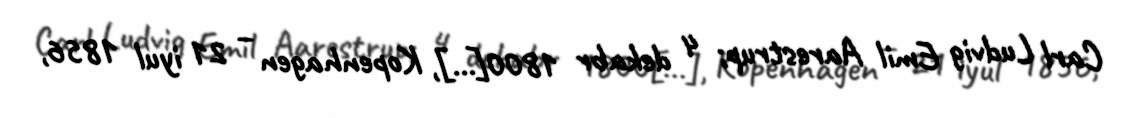
Carl Ludvig Emil Aarestrup; 4 dekabr 1800[…], Kopenhagen – 21 iyul 1856,